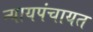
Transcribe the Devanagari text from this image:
न्यायपंचायत